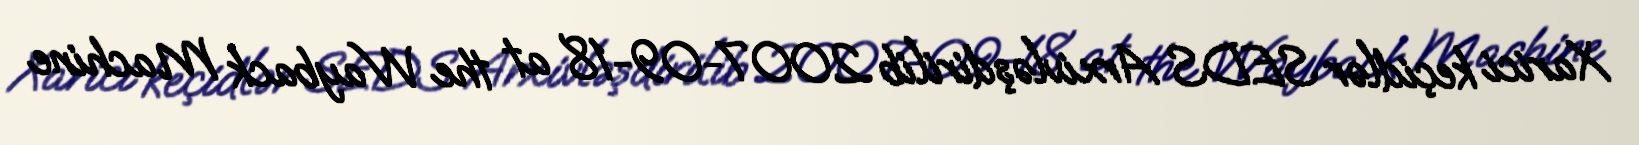
Xarici keçidlər SEDS Arxivləşdirilib 2007-09-18 at the Wayback Machine